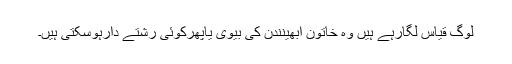
لوگ قیاس لگارہے ہیں وہ خاتون ابھینندن کی بیوی یاپھرکوئی رشتے دارہوسکتی ہیں۔